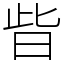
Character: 㫮